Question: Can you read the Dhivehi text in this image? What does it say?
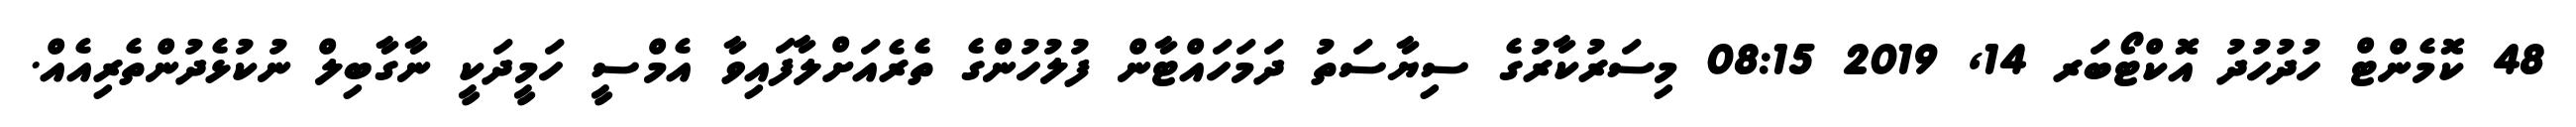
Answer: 48 ކޮމެންޓް ހުދުހުދު އޮކްޓޯބަރ 14, 2019 08:15 މިސަރުކާރުގެ ސިޔާސަތު ދަމަހައްޓާން ފުލުހުންގެ ތެރެއަށްލާފައިވާ އެމްސީ ހަމީދަކީ ނާގާބިލް ނުކުޅެދުންތެރިއެއް.